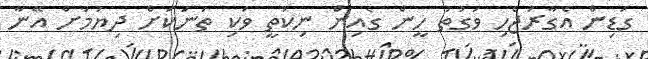
ގަޑިން އެގާރަޖެހި ވަގުތު ހީން ގެއިން ނިކުތީ ވަކި ތަނަކަށް ދިޔުމަށް އޭނާ